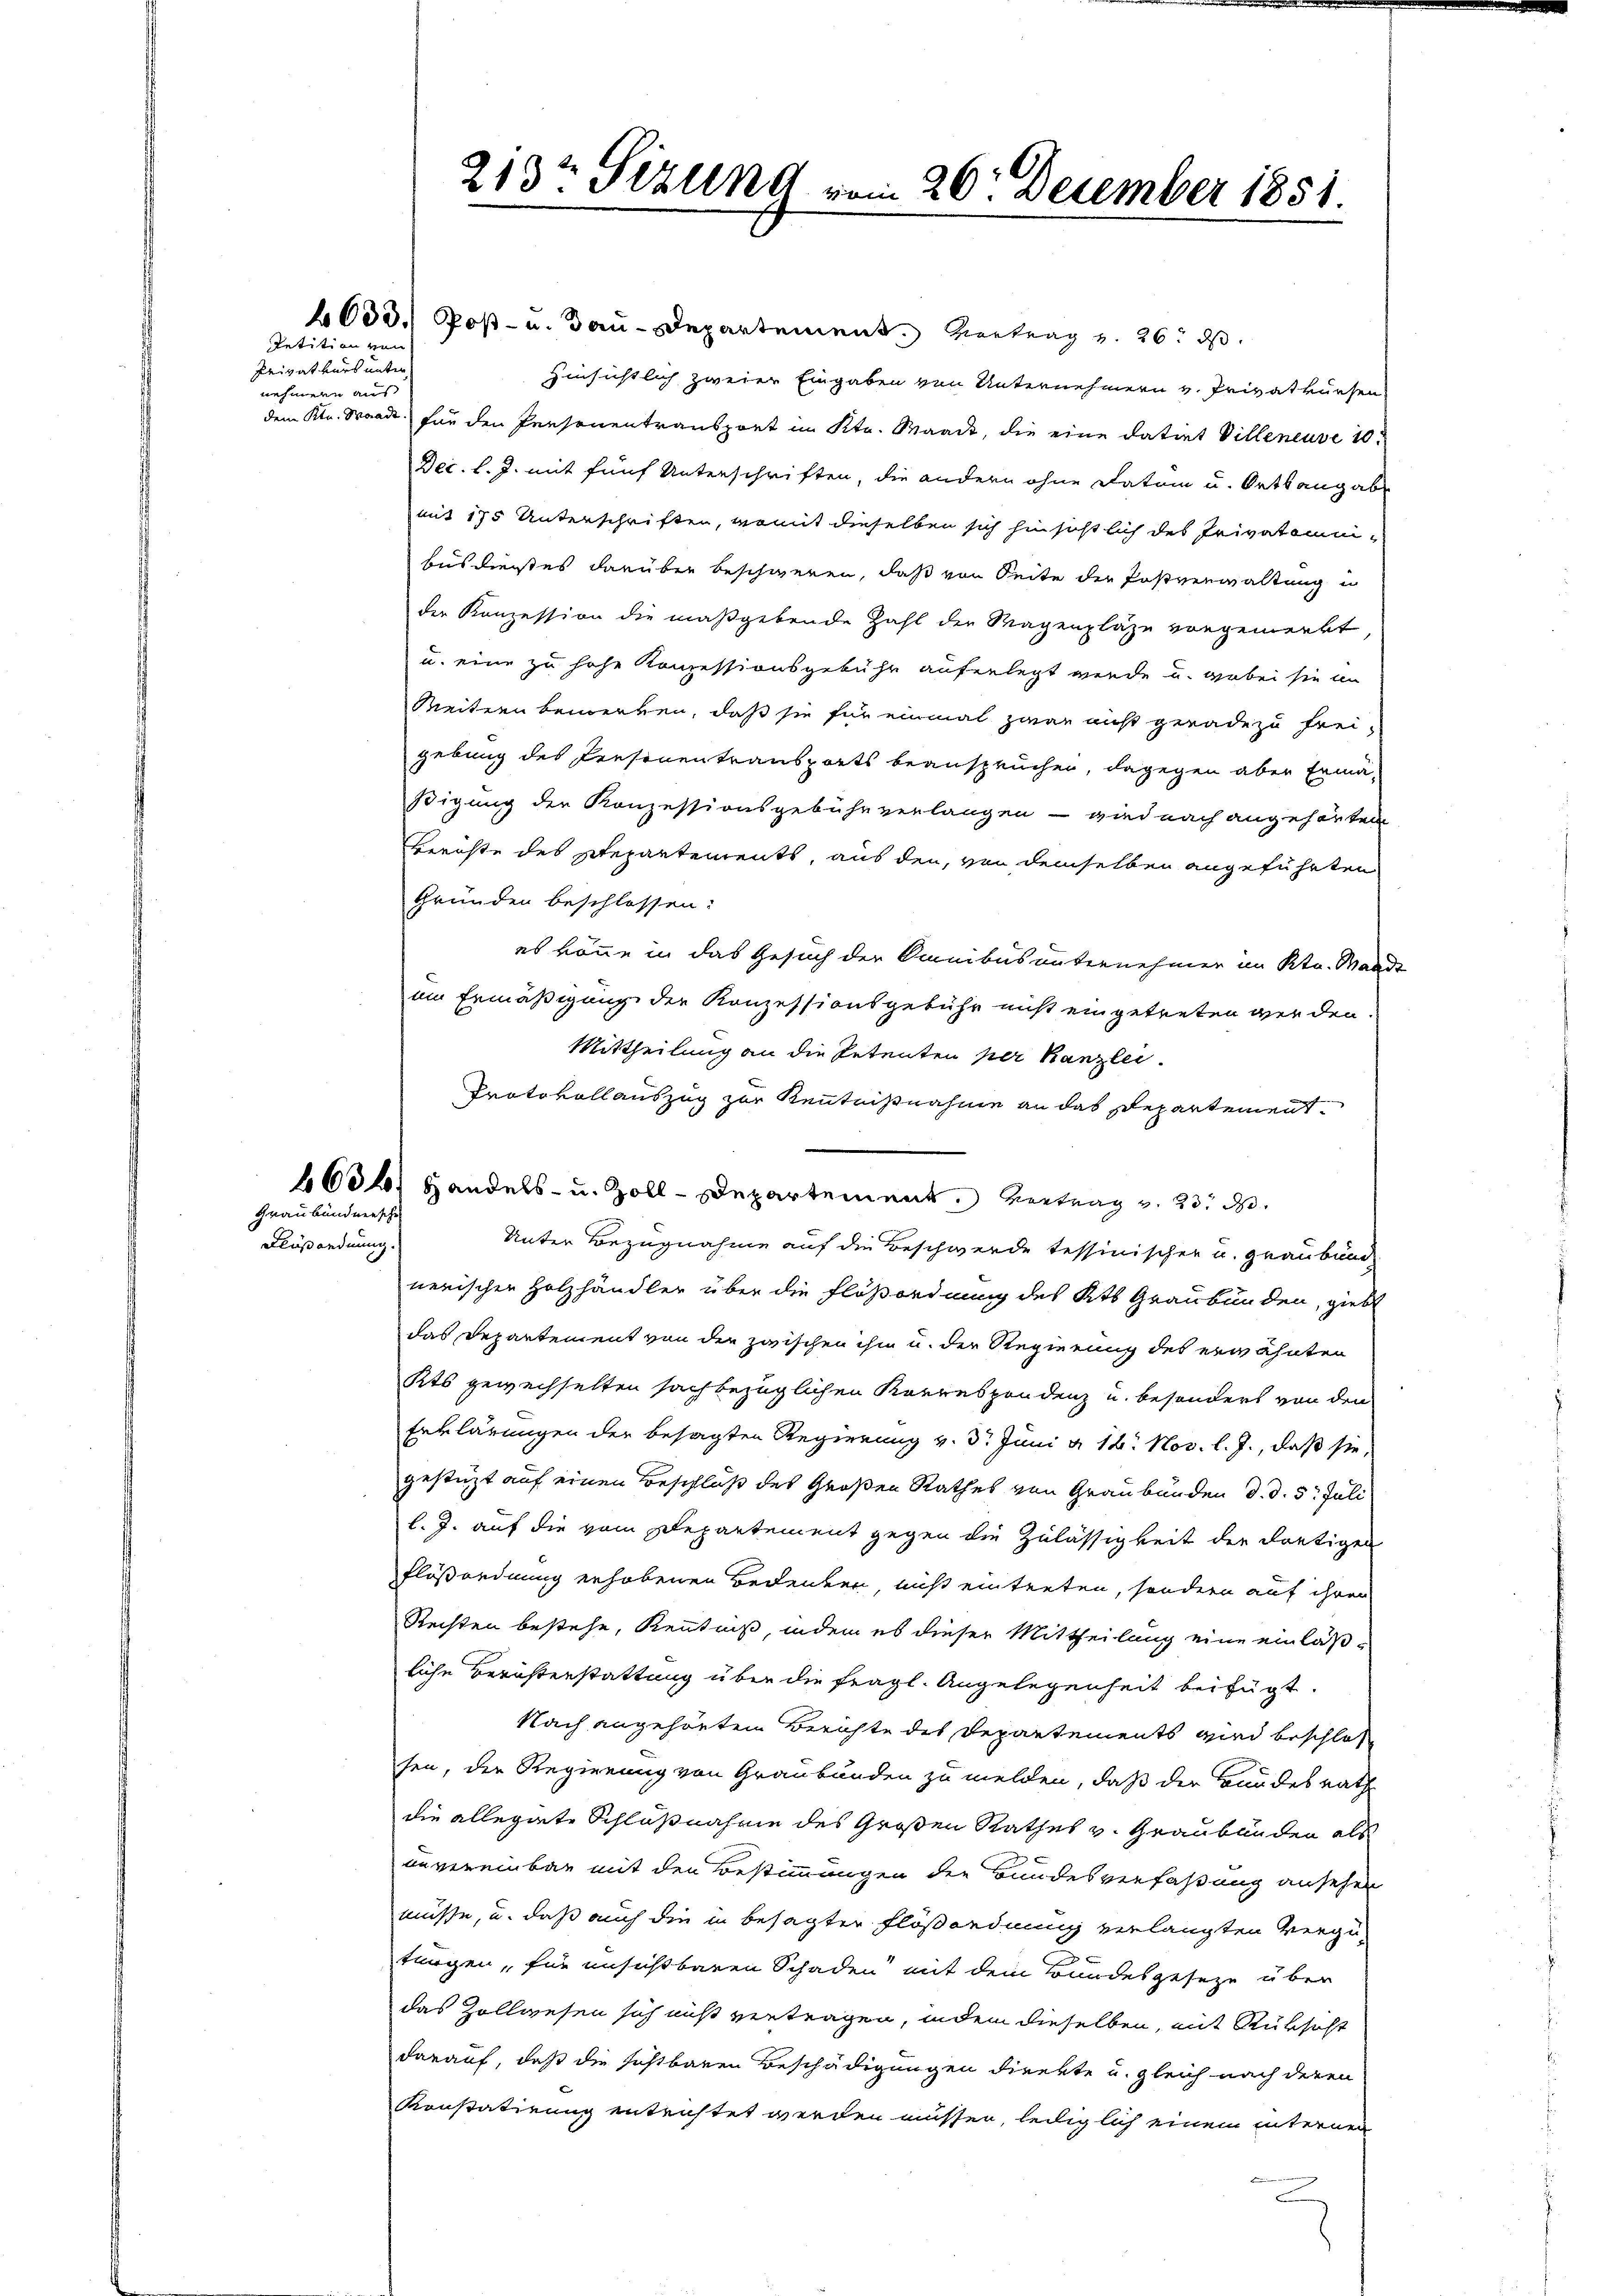
Petition von
Privatkurs unter
nehmen aus

Graubündnersch
Flußandnung.

6000. Post- u. Bau-Departement. Vertrag v. 26. ds.
Hinsichtlich zweier Eingaben von Unternehmern v. Privatkursen
dem Ktn. Waadt, für den Personentransport im Kts. Maack, die eine datiert Villeneuve 10.
Dec. l. J. mit fünf Unterschriften, die andern ohne Datum u. Ortsangabe
mit 175 Unterschriften, womit dieselben sich hinsichtlich des Privatammbus diesstes darüber beschweren, daß von Seite der Postverwaltung in
der Konzession die maßgebende Zahl der Wagenpläge vorgemerkt
u. eine zu hohe Konzessionsgebühr auferlegt werde u. wobei sie im
Weitern bemerken, daß sie für einmal zwar nicht gerade zu frei-
gebung des Personentransports beanspruchen, dagegen aber Ermäßigung der Konzessionsgebühr verlangen - wird nach angehörten
Berichte des Repartements, aus den, von demselben angeführten
Gründen beschlossen:
es könne in das Gesuch der Omnibus unternehmen im Kt. Wand-
um Ermäßigung der Konzessionsgebühr nicht eingetreten werden.
Mittheilung an die Petenten per Kanzlei.
Protokollauszug zur Kenntnißnahme an das Departement¬
1634/ Handels- u. Zoll-Departement. Vertrag v. 23. d.
Unter Bezugnahme auf die Beschwerde tessinischer u. Graubünd
nerischen Holzhändler über die Flößordnung des Kts Graubünden, giebt
das Departement von der zwischen ihm u. der Regierung des erwähnten
Kts gewechselten sachbezüglichen Korrespondenz u. besonders von den
Erklärungen der besagten Regierung v. 3. Juni a. 16. Nov. l. J., daß sie,
gestüzt auf einen Beschluß des Großen Rathes von Graubünden d. d. 5. Juli
l. J. auf die vom Departement gegen die Zulässigkeit der dortigen
flößordnung erhobenen Bedenken, nicht eintreten, sondern auf ihren
Rechten bestehe, Kenntniß, indem es dieser Mittheilung eine einläß-
liche Berichterstattung über die fragl. Angelegenheit beifügt:
Nach angehörten Berichte des Departements wird beschlos
sen, der Regierung von Graubünden zu melden, daß der Bundesrath
die allegirte Schlußnahme des Großen Rathes v. Graubünden als
unvereinbar mit den Bestimmungen der Bundesverfaßung ansehen
müsse, u. daß auch die in besagter Flößordnung verlangten Vergütrögen, für unsichtbaren Schaden mit dem Bundesgeseze über
das Zollwesen sich nicht vertragen, indem dieselben, mit Rüksicht
darauf, daß die sichtbaren Beschädigungen direkte u. gleich nach deren
Konstatirung entrichtet werden müssen, lediglich einem interner

213t Sizung vom 20. December 1851.